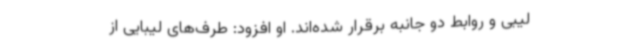
لیبی و روابط دو جانبه برقرار شده‌اند. او افزود: طرف‌های لیبایی از